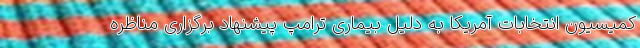
کمیسیون انتخابات آمریکا به دلیل بیماری ترامپ پیشنهاد برگزاری مناظره